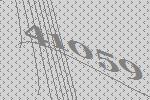
41059